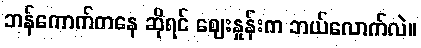
ဘန်ကောက်ကနေ ဆိုရင် ဈေးနှုန်းက ဘယ်လောက်လဲ။